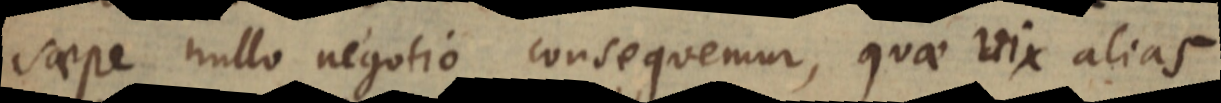
saepe nullo negotio consequemur, quae vix alias